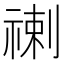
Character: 𥚲